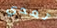
تعدي